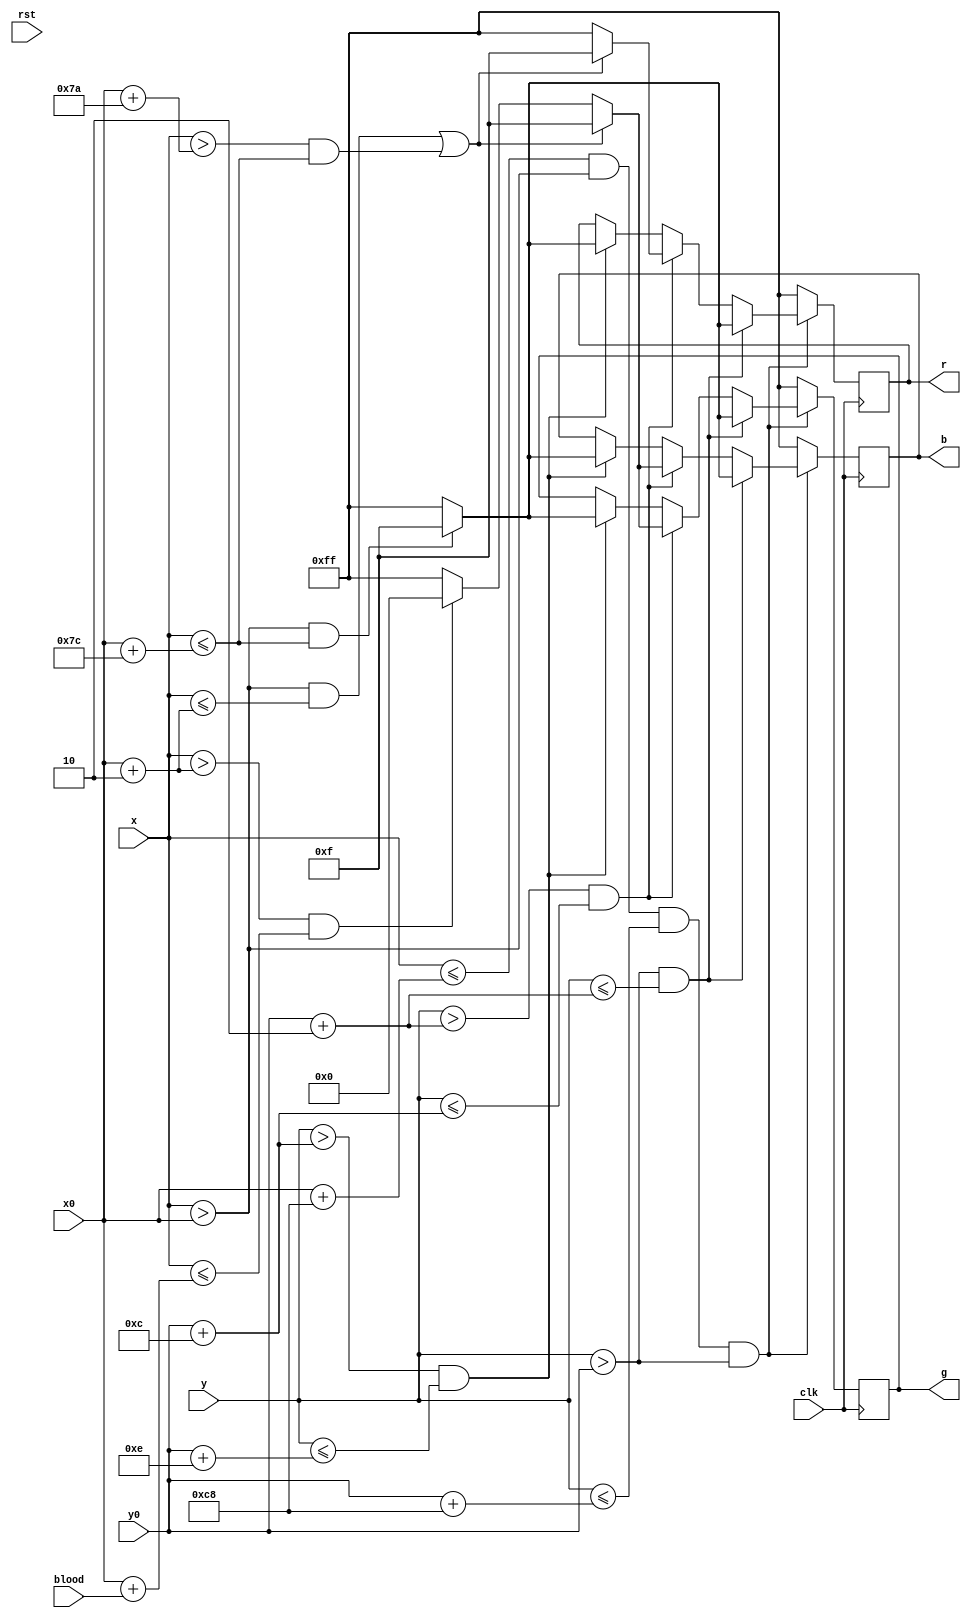
module blood_bar(clk, rst, x, y, r, g, b, x0, y0, blood);
	input clk, rst;
	input [9:0] x, x0;
	input [8:0] y, y0;
	input [9:0] blood;
	output reg [7:0] r, g, b;
	
	
	//124*14 pixel
	//2 pixel outer bound
	//blood: 120 * 10 pixel
	
	always @(posedge clk) begin
		if(x <= x0 + 10'b0011001000 & x > x0 & y <= y0 + 9'b011001000 & y > y0) begin
			if(y > y0 & y <= y0 + 2) begin
				if((x > x0 & x <= x0 + 124)) begin
					r <= 8'b00001111;
					g <= 8'b00001111;
					b <= 8'b00001111;
				end else begin 
					r <= 8'b11111111;
					g <= 8'b11111111;
					b <= 8'b11111111;
				end
			end else if(y > y0 + 2 & y <= y0 + 12) begin
				if((x > x0 & x <= x0 + 2) | (x > x0 + 122 & x <= x0 + 124)) begin
					r <= 8'b00001111;
					g <= 8'b00001111;
					b <= 8'b00001111;
				end else if (x > x0 + 2 & x <= x0 + blood) begin
					r <= 8'b11111111;
					g <= 8'b00000000;
					b <= 8'b00000000;
				end else begin			
					r <= 8'b11111111;
					g <= 8'b11111111;
					b <= 8'b11111111;
				end
			end else if(y > y0 + 12 & y <= y0 + 14) begin
				if((x > x0 & x <= x0 + 124)) begin
					r <= 8'b00001111;
					g <= 8'b00001111;
					b <= 8'b00001111;
				end else begin 
					r <= 8'b11111111;
					g <= 8'b11111111;
					b <= 8'b11111111;
				end
			end	
		end else begin 
			r <= 8'b11111111;
			g <= 8'b11111111;
			b <= 8'b11111111;
		end
	end 

endmodule